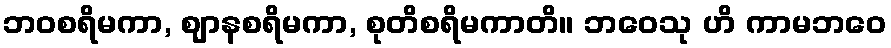
ဘဝစရိမကာ, ဈာနစရိမကာ, စုတိစရိမကာတိ။ ဘဝေသု ဟိ ကာမဘဝေ